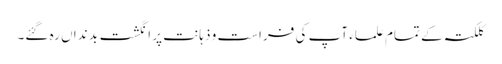
کلکتہ کے تمام علماء آپ کی فراست و ذہانت پر انگشت بد نداں رہ گئے۔